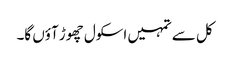
کل سے تمہیں اسکول چھوڑ آؤں گا۔